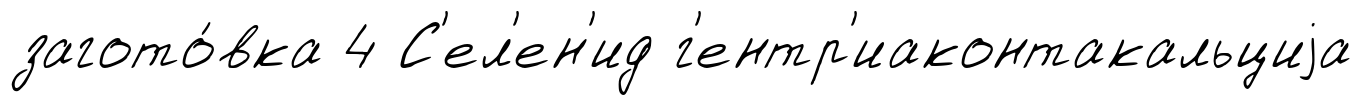
загото́вка 4 С'ел'ен'ид г'ентр'иаконтакальциjа